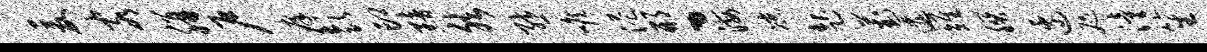
爰客胼户痒彭印黯然熊喉港邢丶海凉起葑逶雉朕边咫潼笙